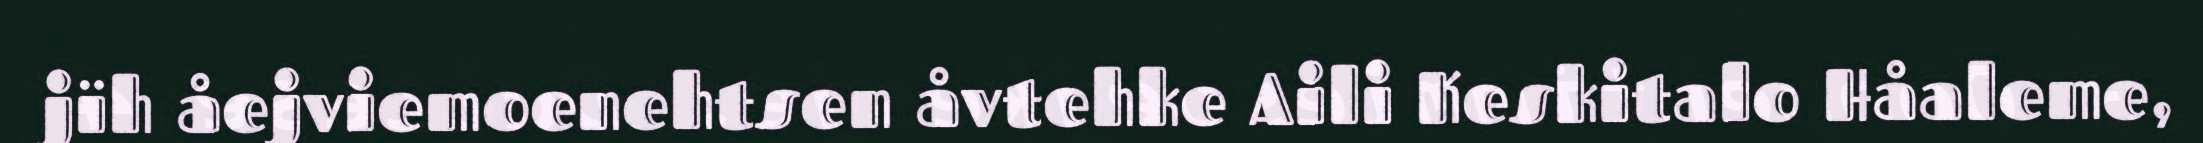
jïh åejviemoenehtsen åvtehke Aili Keskitalo Håaleme,